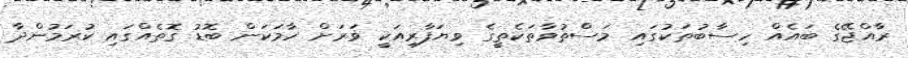
ރާއްޖޭގެ ބައެއް ހިސާބުތަކުގައި މަސްތުވާތަކެތީގެ ވިޔަފާރިއަކީ ވަރަށް ހާމަކަން ބޮޑު ގޮތެއްގައި ކުރަމުންދާ